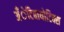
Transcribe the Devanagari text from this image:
अँेटिबायोटिक्स